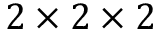
2 \times 2 \times 2